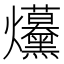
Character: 𤓦